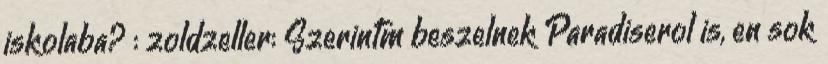
iskolaba? : zoldzeller: Szerintm beszelnek Paradiserol is, en sok